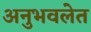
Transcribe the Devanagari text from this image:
अनुभवलेत